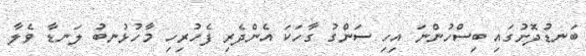
ބަނޑުދޮށުގައި ބިސްހުންނަ އިހި ސަންގު ގާހަކަ އެންދެރި ފެހުރިހި މާހުޅުނބު ލަނޑާ ވެލާ